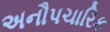
અનૌપચારિક